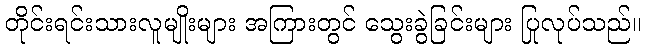
တိုင်းရင်းသားလူမျိုးများ အကြားတွင် သွေးခွဲခြင်းများ ပြုလုပ်သည်။